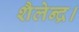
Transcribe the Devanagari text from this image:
शैलेन्द्र।